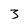
Character: 3